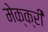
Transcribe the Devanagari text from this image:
मेक्क्री